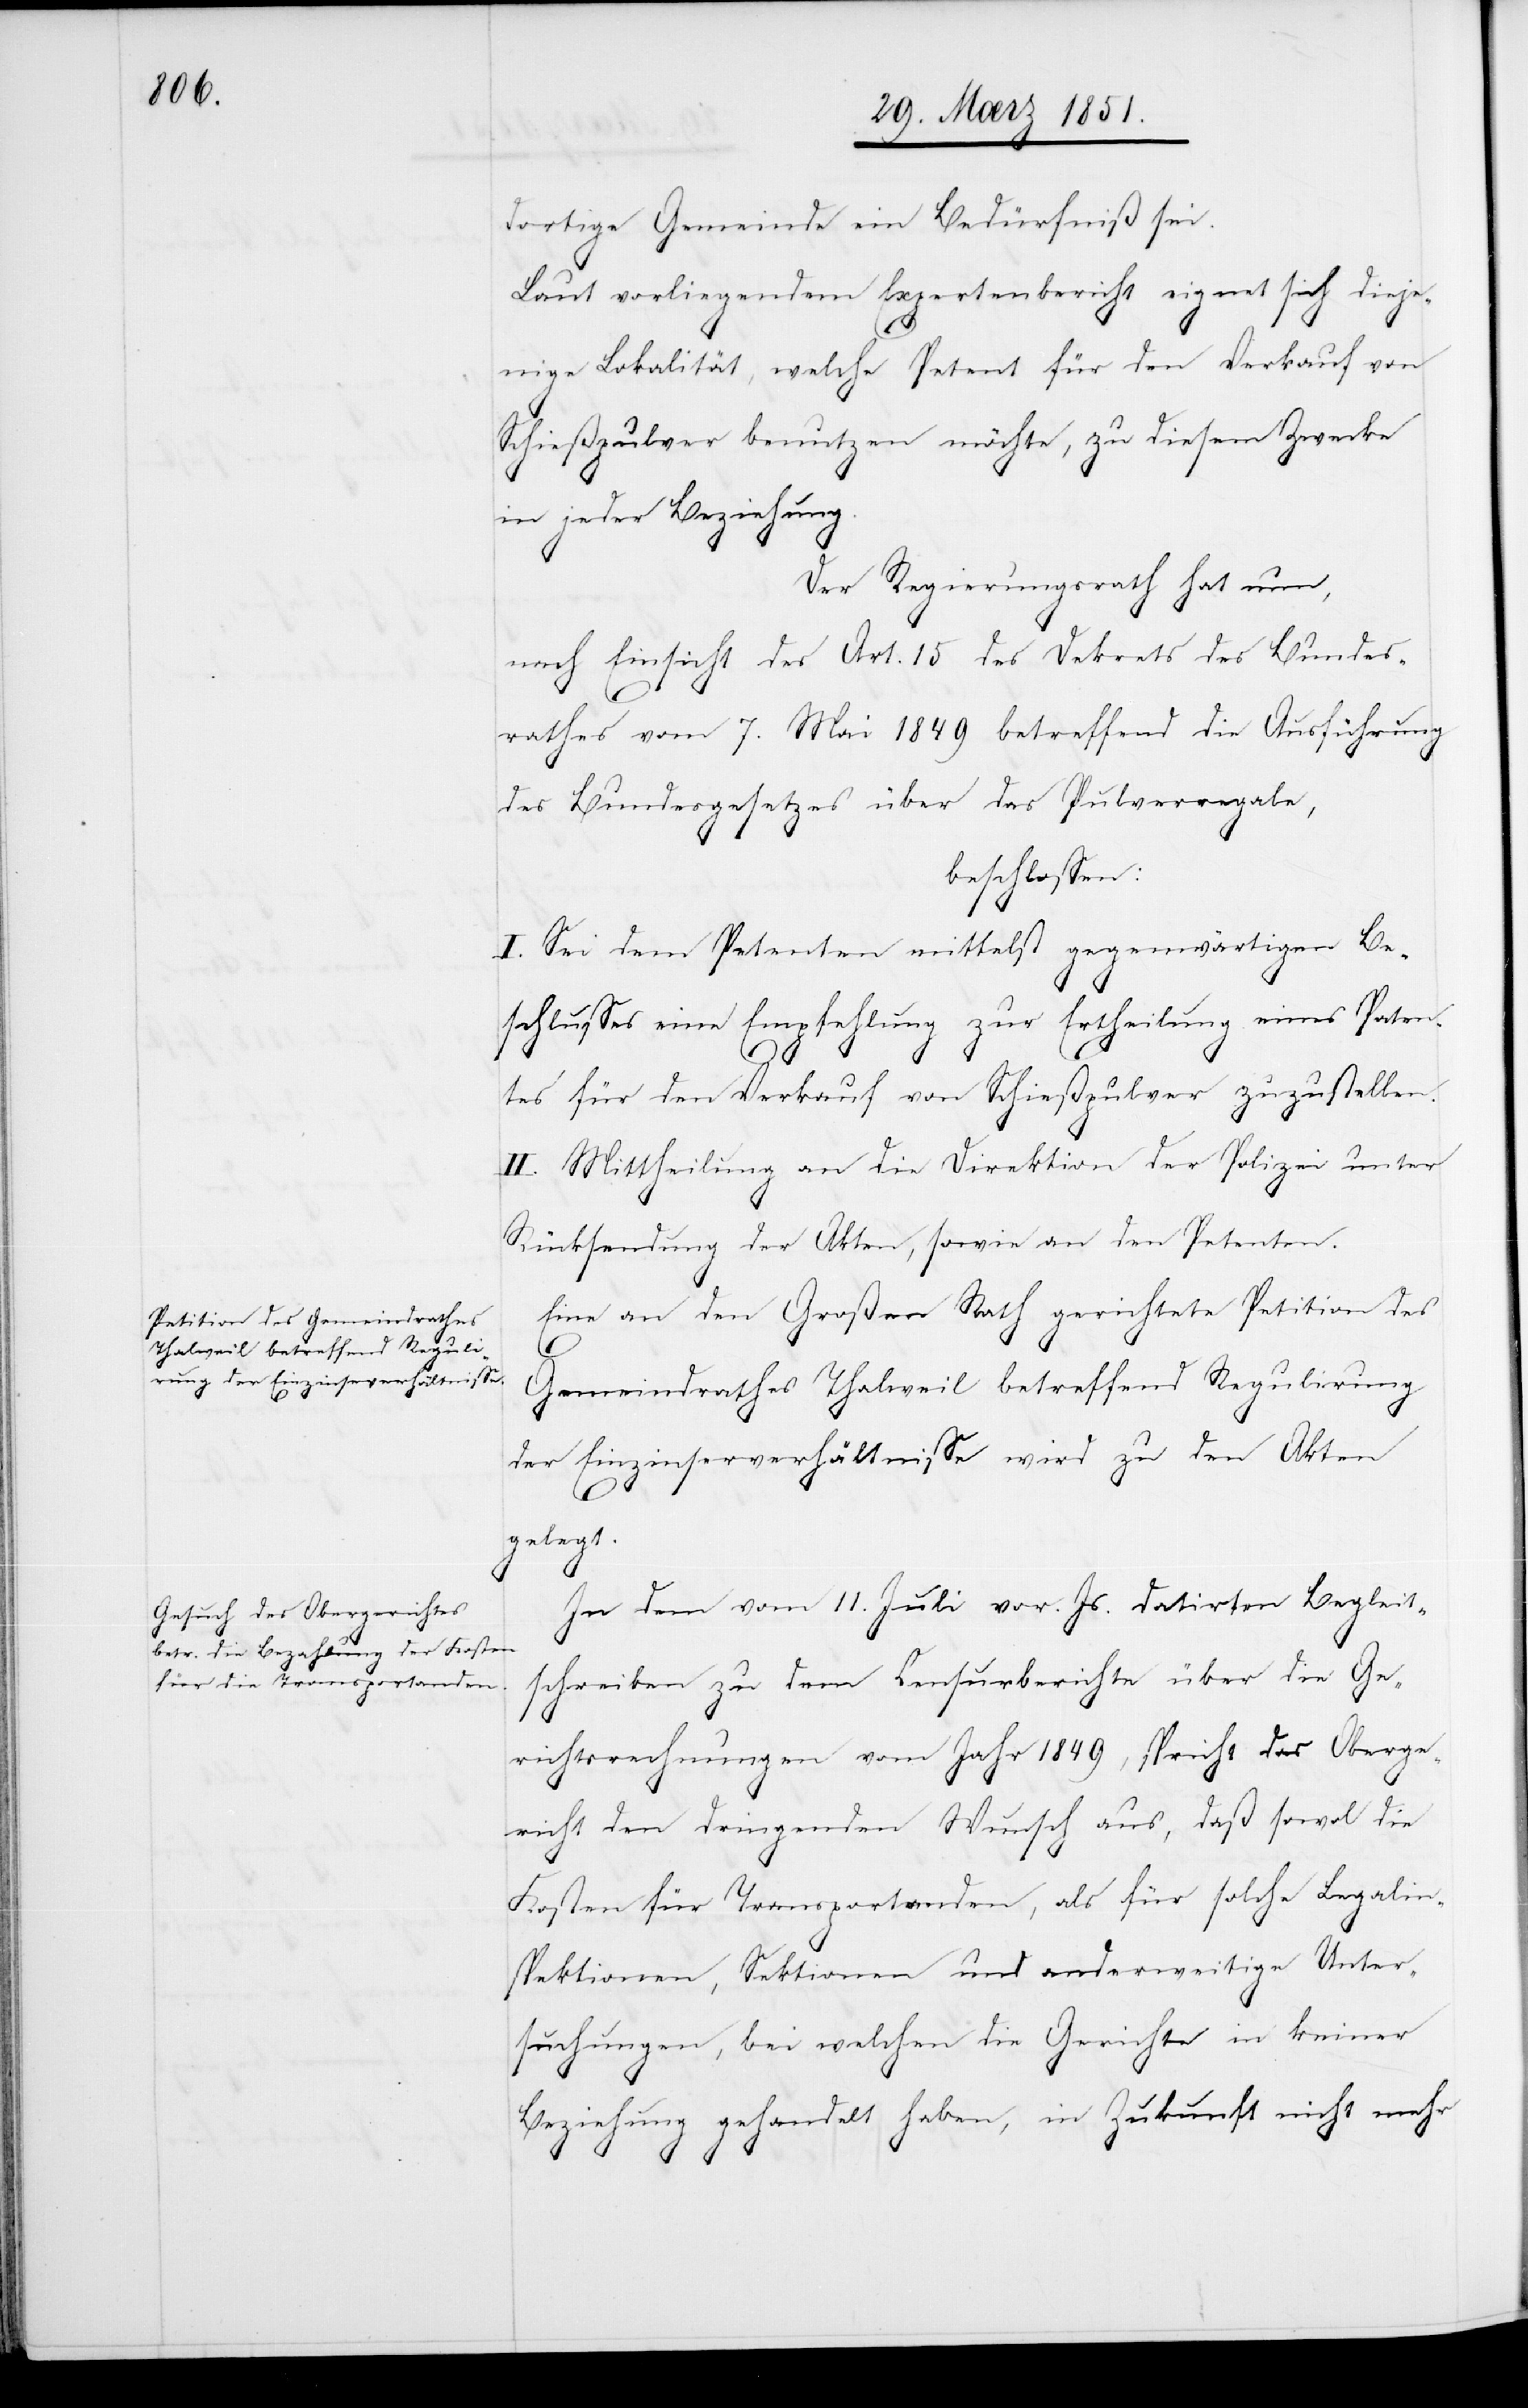
dortige Gemeinde ein Bedürfniß sei.
Laut vorliegendem Expertenbericht eignet sich dieje¬
nige Lokalität, welche Petent für den Verkauf von
Schießpulver benutzen möchte, zu diesem Zwecke
in jeder Beziehung.
Der Regierungsrath hat nun,
nach Einsicht des Art. 15 des Dekrets des Bundes¬
rathes vom 7. Mai 1849 betreffend die Ausführung
des Bundesgesetzes über das Pulverregale,
beschlossen:
I. Sei dem Petenten mittelst gegenwärtigen Be¬
schlusses eine Empfehlung zur Ertheilung eines Paten¬
tes für den Verkauf von Schießpulver zuzustellen.
II. Mittheilung an die Direktion der Polizei unter
Rücksendung der Akten, sowie an den Petenten.
Eine an den Großen Rath gerichtete Petition des
Gemeindrathes Thalweil betreffend Regulirung
der Einzinserverhältnisse wird zu den Akten
gelegt.
In dem vom 11. Juli vor. Js. datirten Begleit¬
schreiben zu dem Censurberichte über die Ge¬
richtsrechnungen vom Jahr 1849, spricht das Oberge¬
richt den dringenden Wunsch aus, daß sowo[h]l die
Kosten für Transportanden, als für solche Legalin¬
spektionen, Sektionen und anderweitige Unter¬
suchungen, bei welchen die Gerichte in keiner
Beziehung gehandelt haben, in Zukunft nicht mehr